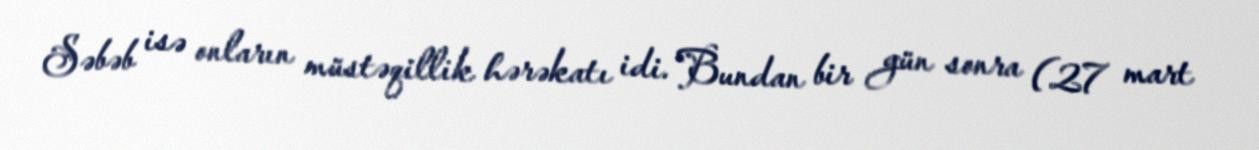
Səbəb isə onların müstəqillik hərəkatı idi. Bundan bir gün sonra (27 mart